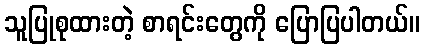
သူပြုစုထားတဲ့ စာရင်းတွေကို ပြောပြပါတယ်။